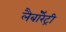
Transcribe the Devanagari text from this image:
लैबॉरेट्री